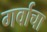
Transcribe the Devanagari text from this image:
गर्वाचा